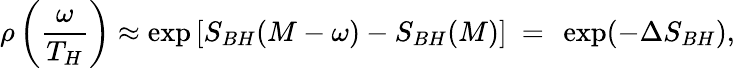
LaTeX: \rho\left(\frac{\omega}{T_{H}}\right)\approx\exp\left[S_{BH}(M-\omega)-S_{BH}(M)\right]~=~\exp(-\Delta S_{BH}),